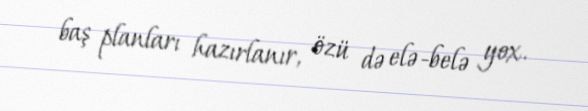
baş planları hazırlanır, özü də elə-belə yox.